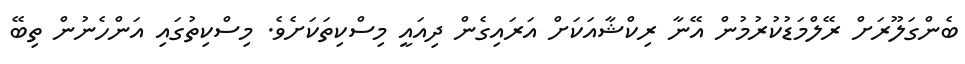
ބެންގަލޫރަށް ރޭލްމަޑުކުރުމުން އޭނާ ރިކްޝާއަކަށް އަރައިގެން ދިއައީ މިސްކިތަކަށެވެ. މިސްކިތުގައި އަންހެނުން ތިބޭ